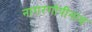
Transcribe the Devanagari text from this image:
नागरगोपीनाथ